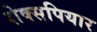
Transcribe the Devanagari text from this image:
शेक्सपियार